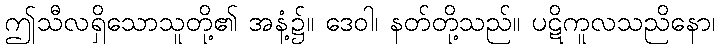
ဤသီလရှိသောသူတို့၏ အနံ့၌။ ဒေဝါ၊ နတ်တို့သည်။ ပဋိကူလသညိနော၊